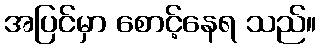
အပြင်မှာ စောင့်နေရ သည်။